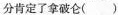
分肯定了拿破仑()